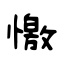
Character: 憿